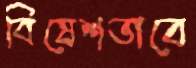
বিষেশভাবে